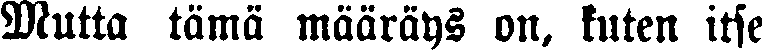
Mutta tämä määräys on, kuten itse